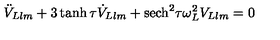
\ddot { V } _ { L l m } + 3 \tanh \tau \dot { V } _ { L l m } + \mathrm { s e c h } ^ { 2 } \tau \omega _ { L } ^ { 2 } V _ { L l m } = 0